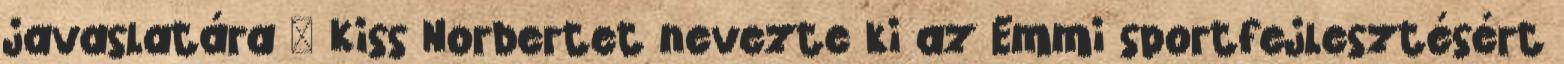
javaslatára – Kiss Norbertet nevezte ki az Emmi sportfejlesztésért